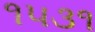
૧૫૩૧